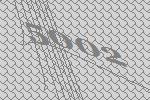
5002